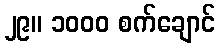
၂၉။ ၁၀၀၀ စက်ချောင်